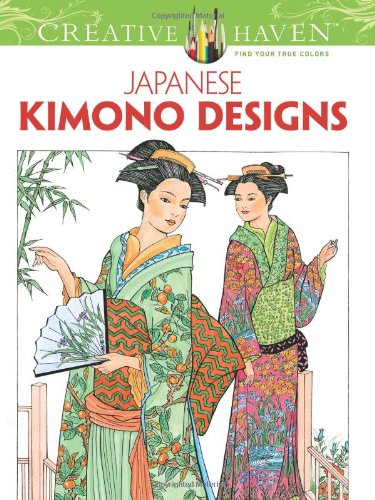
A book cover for Creative Haven Japanese Kimono Designs Coloring Book (Creative Haven Coloring Books); Ming-Ju Sun; Arts & Photography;